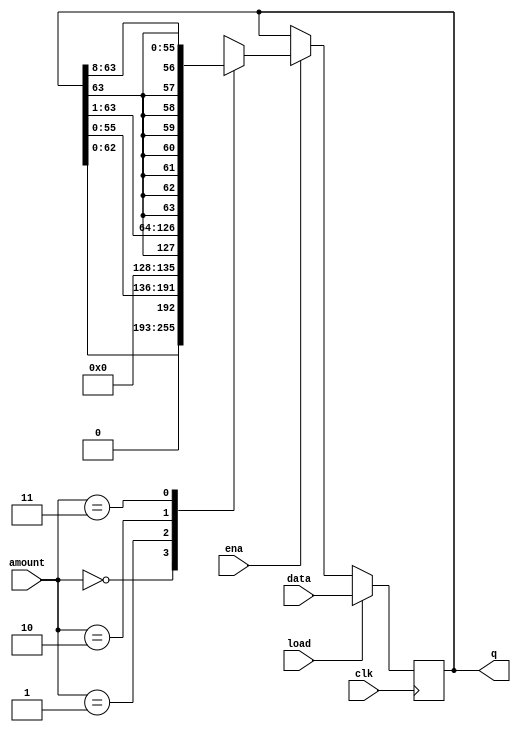
//
//
// https://hdlbits.01xz.net/wiki/Shift18
//
//

`default_nettype none

module top_module (
    input               clk,
    input               load,
    input               ena,
    input       [1:0]   amount,
    input       [63:0]  data,
    output  reg [63:0]  q
);

    reg         [63:0]  q_next;
    always @(posedge clk) begin
            q <= q_next;
    end

    always @(*) begin
        if (load)
            q_next = data;
        else
            if (ena)
                case (amount)
                2'b00   : q_next = {q[62:0], 1'b0};
                2'b01   : q_next = {q[55:0], 8'b0};
                2'b10   : q_next = {q[63], q[63:1]};
                2'b11   : q_next = {{8{q[63]}}, q[63:8]};
                endcase
            else
                q_next = q;
    end

endmodule